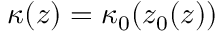
\boldsymbol \kappa ( z ) = \boldsymbol \kappa _ { 0 } ( z _ { 0 } ( z ) )